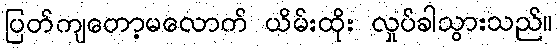
ပြတ်ကျတော့မလောက် ယိမ်းထိုး လှုပ်ခါသွားသည်။